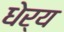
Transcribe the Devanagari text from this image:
धेर्य